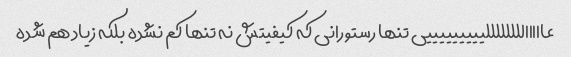
عاااااللللللللیییییییییی تنها رستورانی که کیفیتش نه تنها کم نشده بلکه زیاد هم شده